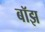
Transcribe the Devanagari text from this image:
बॉझ